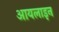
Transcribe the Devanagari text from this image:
आयलाइन